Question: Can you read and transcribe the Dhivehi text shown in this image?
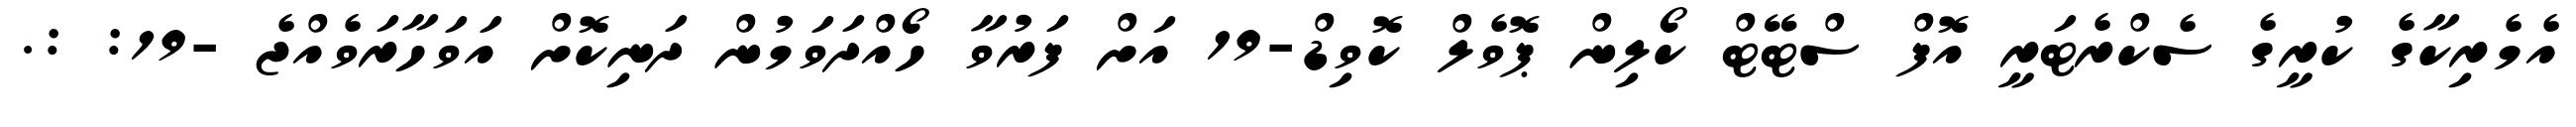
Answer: އެމެރިކާގެ ކުރީގެ ސެކްރެޓަރީ އޮފް ސްޓޭޓް ކޯލިން ޕޮވެލް ކޮވިޑް-19 އަށް ފަރުވާ ހޯއްދަވަމުން ދަނިކޮށް އަވަހާރަވެއްޖެ -19: :.